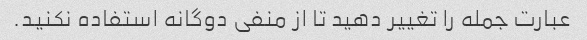
عبارت جمله را تغییر دهید تا از منفی دوگانه استفاده نکنید.